Annual report of the Punjab Veterinary College and of the Civil Veterinary Department, Punjab - 1920-1925
Year: 1920
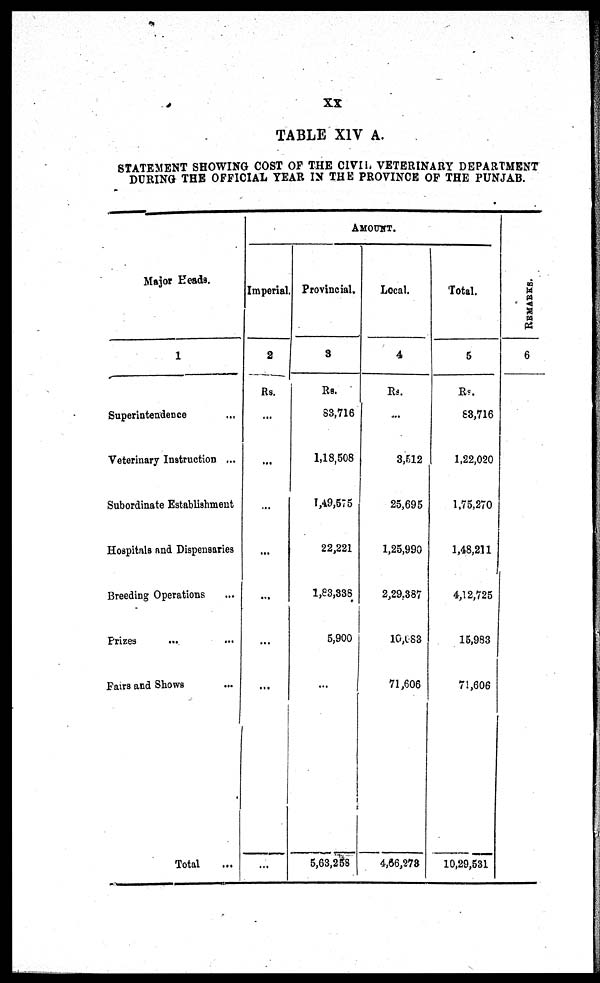
XX
TABLE XIV A.
STATEMENT SHOWI NG COST OF THE CIVIL VETERI NARY DEPARTMENT
DURI NG THE OFFICIAL YEAR IN THE PROVI NCE OF THE PUNJAB.
Maj or Heads.
1
Superintendence ...
Veterinary Instruction ...
Subordinate Establishment
Hospitals and Dispensaries
Breedi ng Operations ...
Prized ... ...
Fairs and Shows ...
Total ...
AMOUNT.
Imperial
2
Rs.
...
...
...
...
...
...
...
...
Provincial.
3
Rs.
83, 716
1, 18, 508
1, 49, 575
22, 221
1, 83, 338
5, 900
...
5, 63, 258
Local.
4
Rs.
...
3, 512
25, 695
1, 25, 990
2, 29. 387
10, 683
71, 606
4, 66, 278
Total.
5
Rs.
63, 716
1, 22, 020
1, 75, 270
1, 48, 211
4, 12, 725
15, 983
71, 606
10, 29, 531
REMARK
6